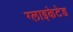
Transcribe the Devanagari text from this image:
ग्लाइकेटेड